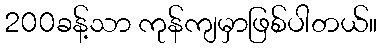
200ခန့်သာ ကုန်ကျမှာဖြစ်ပါတယ်။